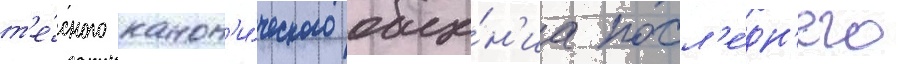
т'е́сного канон'и́ческого обще́н'иа посл'е́дн'его